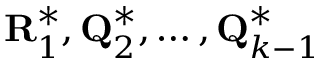
\mathbf { R } _ { 1 } ^ { * } , \mathbf { Q } _ { 2 } ^ { * } , \ldots , \mathbf { Q } _ { k - 1 } ^ { * }